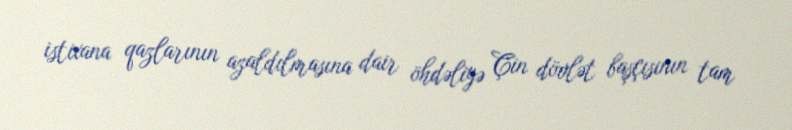
istixana qazlarının azaldılmasına dair öhdəliyə Çin dövlət başçısının tam